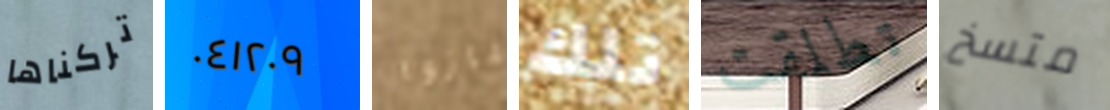
تركناها ٠٤١٢٠٩ فازوا تلك تطلقت متسخ